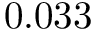
0 . 0 3 3